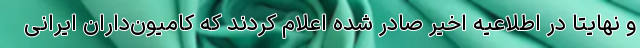
و نهایتاً در اطلاعیه اخیر صادر شده اعلام کردند که کامیون‌داران ایرانی